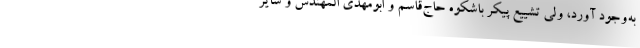
به‌وجود آورد، ولی تشییع پیکر باشکوه حاج‌قاسم و ابومهدی المهندس و سایر